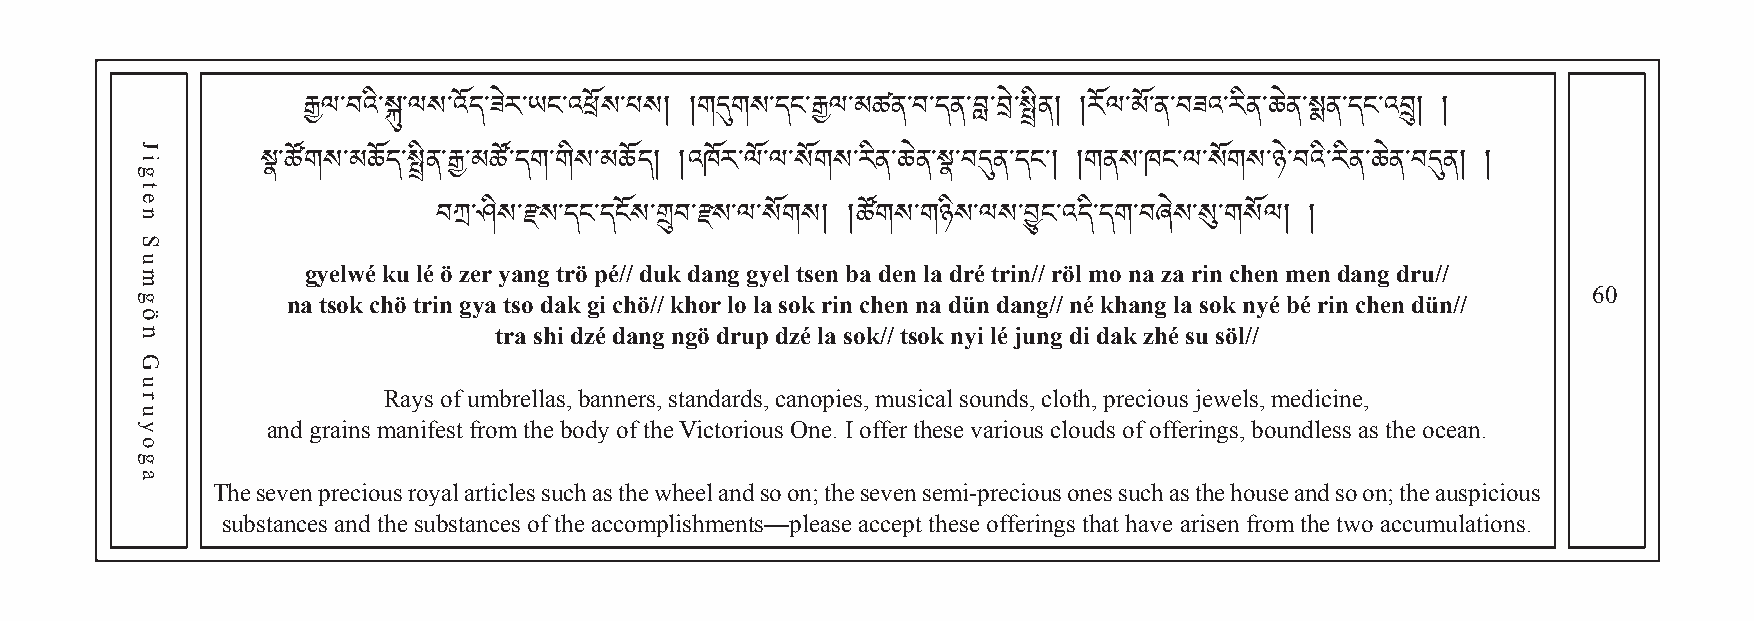
རྒྱལ་བའི་སྐུ་ལས་འོད་ཟེར་ཡང་འཕོས་པས། །གདུག ས ་ ད ང་རྒྱལ་མཚན་བ་དན་བླ་བེ་སྤིན། །རོལ་མོ་ན་བཟའ་རིན་ཆེན་སྨན་དང་འབྲུ། །
 སྣ་ཚོགས་མཆོད་སྤིན་རྒྱ་མཚོ་དག་གིས་མཆོད། །འཁོར་ལོ་ལ་སོགས་རིན་ཆེན་སྣ་བདུན་དང་། །གནས་ཁང་ལ་སོགས་ཉེ་བའི་རིན་ཆེན་བདུན། །
 gyelwé ku lé བöཀྲ z་eཤr ིསya་རngས t་དröང ་pདéང//ོས d་uགྲུkབ d་རaསng་ལ g་yསeོགl tསse།n b།ཚa ོགdeསn་ གlaཉ dིསré་ལ tསrin་བྱུ//ང r་འölད mི་དoག n་བa ཞzaེས r་སུin་ གchསeོལn །m e།n dang dru//
 60
 na tsok chö trin gya tso dak gi chö// khor lo la sok rin chen na dün dang// né khang la sok nyé bé rin chen dün//
 tra shi dzé dang ngö drup dzé la sok// tsok nyi lé jung di dak zhé su söl//
 Rays of umbrellas, banners, standards, canopies, musical sounds, cloth, precious jewels, medicine,
 and grains manifest from the body of the Victorious One. I offer these various clouds of offerings, boundless as the ocean.
 The seven precious royal articles such as the wheel and so on; the seven semi-precious ones such as the house and so on; the auspicious
 substances and the substances of the accomplishments—please accept these offerings that have arisen from the two accumulations.
 Jigten
 Sumgön
 Guruyoga